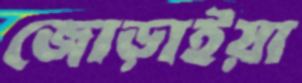
জোড়াইয়া